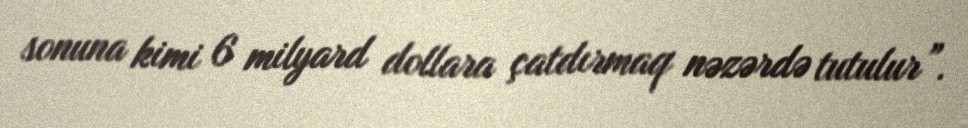
sonuna kimi 6 milyard dollara çatdırmaq nəzərdə tutulur”.